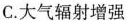
C.大气辐射增强